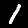
Label: 1